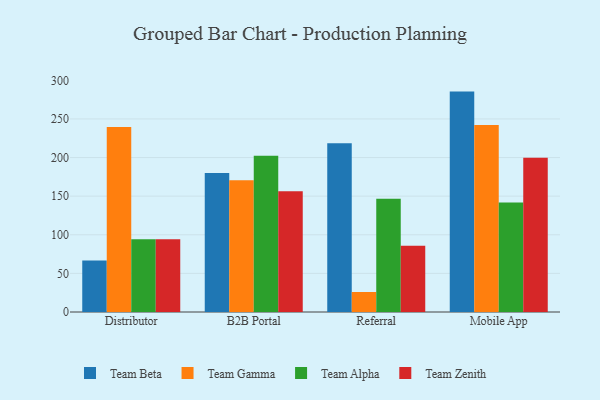
{"axis": {"x": "Channel", "y": "Active Users"}, "legend": ["Team Alpha", "Team Beta", "Team Gamma", "Team Zenith"], "data": [{"x": "Distributor", "y": 66.6, "type": "Team Beta"}, {"x": "Distributor", "y": 239.7, "type": "Team Gamma"}, {"x": "Distributor", "y": 94.3, "type": "Team Alpha"}, {"x": "Distributor", "y": 94.3, "type": "Team Zenith"}, {"x": "B2B Portal", "y": 179.9, "type": "Team Beta"}, {"x": "B2B Portal", "y": 170.5, "type": "Team Gamma"}, {"x": "B2B Portal", "y": 202.2, "type": "Team Alpha"}, {"x": "B2B Portal", "y": 156.5, "type": "Team Zenith"}, {"x": "Referral", "y": 218.6, "type": "Team Beta"}, {"x": "Referral", "y": 25.9, "type": "Team Gamma"}, {"x": "Referral", "y": 146.6, "type": "Team Alpha"}, {"x": "Referral", "y": 85.9, "type": "Team Zenith"}, {"x": "Mobile App", "y": 285.4, "type": "Team Beta"}, {"x": "Mobile App", "y": 242.0, "type": "Team Gamma"}, {"x": "Mobile App", "y": 141.8, "type": "Team Alpha"}, {"x": "Mobile App", "y": 199.8, "type": "Team Zenith"}]}